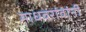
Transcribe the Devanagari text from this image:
माधवरांवांनी